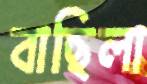
বাছিলা